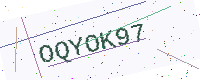
Text: OQYOK97